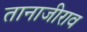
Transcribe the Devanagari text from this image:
तानाजीराव